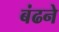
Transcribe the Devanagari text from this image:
बंढने